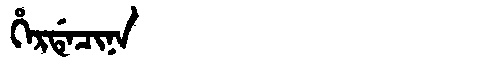
Manchu: ᡥᡝᡵᡩᡝᠴᡳᠨᠠ
Romanization: HERDECINA